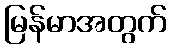
မြန်မာအတွက်